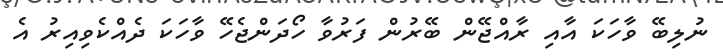
ނުލިބޭ ވާހަކަ އާއި ރާއްޖޭން ބޭރުން ފަރުވާ ހޯދަންޖެހޭ ވާހަކަ ދެއްކެވިއިރު އެ